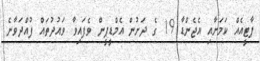
ޕާޓީއެއް ކަމަށާއި އެޖެންޑާ 19 ގެ ދަށުން އެމްޑީޕީން ވެފައިވާ ވައުުދުތައް ފުއްދަވާނެ